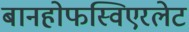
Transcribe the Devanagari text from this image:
बानहोफस्विएरलेट